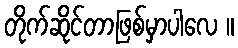
တိုက်ဆိုင်တာဖြစ်မှာပါလေ ။